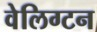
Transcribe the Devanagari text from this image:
वेलिग्टन